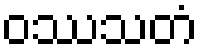
ဝဿသတံ